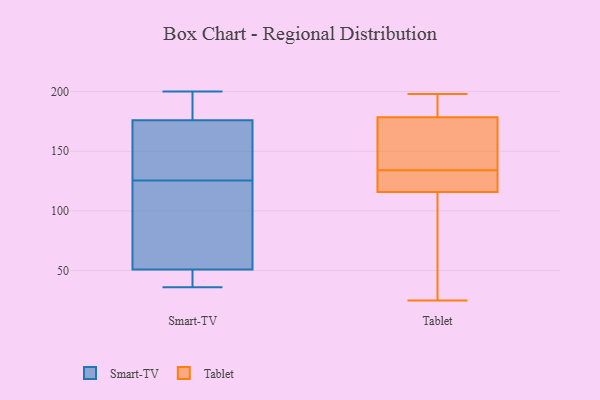
{"axis": {"x": "Operating Costs (USD K)", "y": "Value"}, "legend": ["Smart-TV", "Tablet"], "data": [{"x": "", "y": 165, "type": "Smart-TV"}, {"x": "", "y": 200, "type": "Smart-TV"}, {"x": "", "y": 46, "type": "Smart-TV"}, {"x": "", "y": 86, "type": "Smart-TV"}, {"x": "", "y": 189, "type": "Smart-TV"}, {"x": "", "y": 36, "type": "Smart-TV"}, {"x": "", "y": 174, "type": "Smart-TV"}, {"x": "", "y": 176, "type": "Smart-TV"}, {"x": "", "y": 51, "type": "Smart-TV"}, {"x": "", "y": 51, "type": "Smart-TV"}, {"x": "", "y": 114, "type": "Tablet"}, {"x": "", "y": 25, "type": "Tablet"}, {"x": "", "y": 198, "type": "Tablet"}, {"x": "", "y": 122, "type": "Tablet"}, {"x": "", "y": 184, "type": "Tablet"}, {"x": "", "y": 162, "type": "Tablet"}, {"x": "", "y": 146, "type": "Tablet"}, {"x": "", "y": 121, "type": "Tablet"}, {"x": "", "y": 134, "type": "Tablet"}, {"x": "", "y": 50, "type": "Tablet"}, {"x": "", "y": 184, "type": "Tablet"}]}